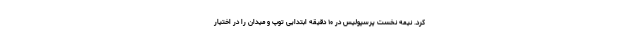
کرد. نیمه نخست پرسپولیس در ۱۰ دقیقه ابتدایی توپ و میدان را در اختیار